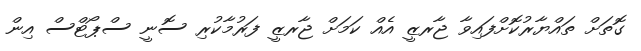
ގޮތަށް ތައްޔާރުކޮށްފައިވާ ޖާރޒީ އެއް ކަމަށް ޖާރޒީ ފަރުމާކުރި ސޮނީ ސްޕޯޓްސް އިން